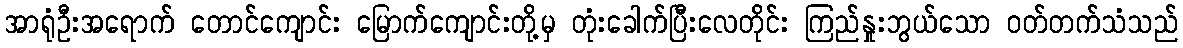
အာရုံဦးအရောက် တောင်ကျောင်း မြောက်ကျောင်းတို့မှ တုံးခေါက်ပြီးလေတိုင်း ကြည်နှုးဘွယ်သော ဝတ်တက်သံသည်